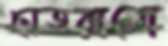
ছাতরানো